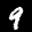
Label: 9